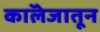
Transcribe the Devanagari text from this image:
काॅलेजातून